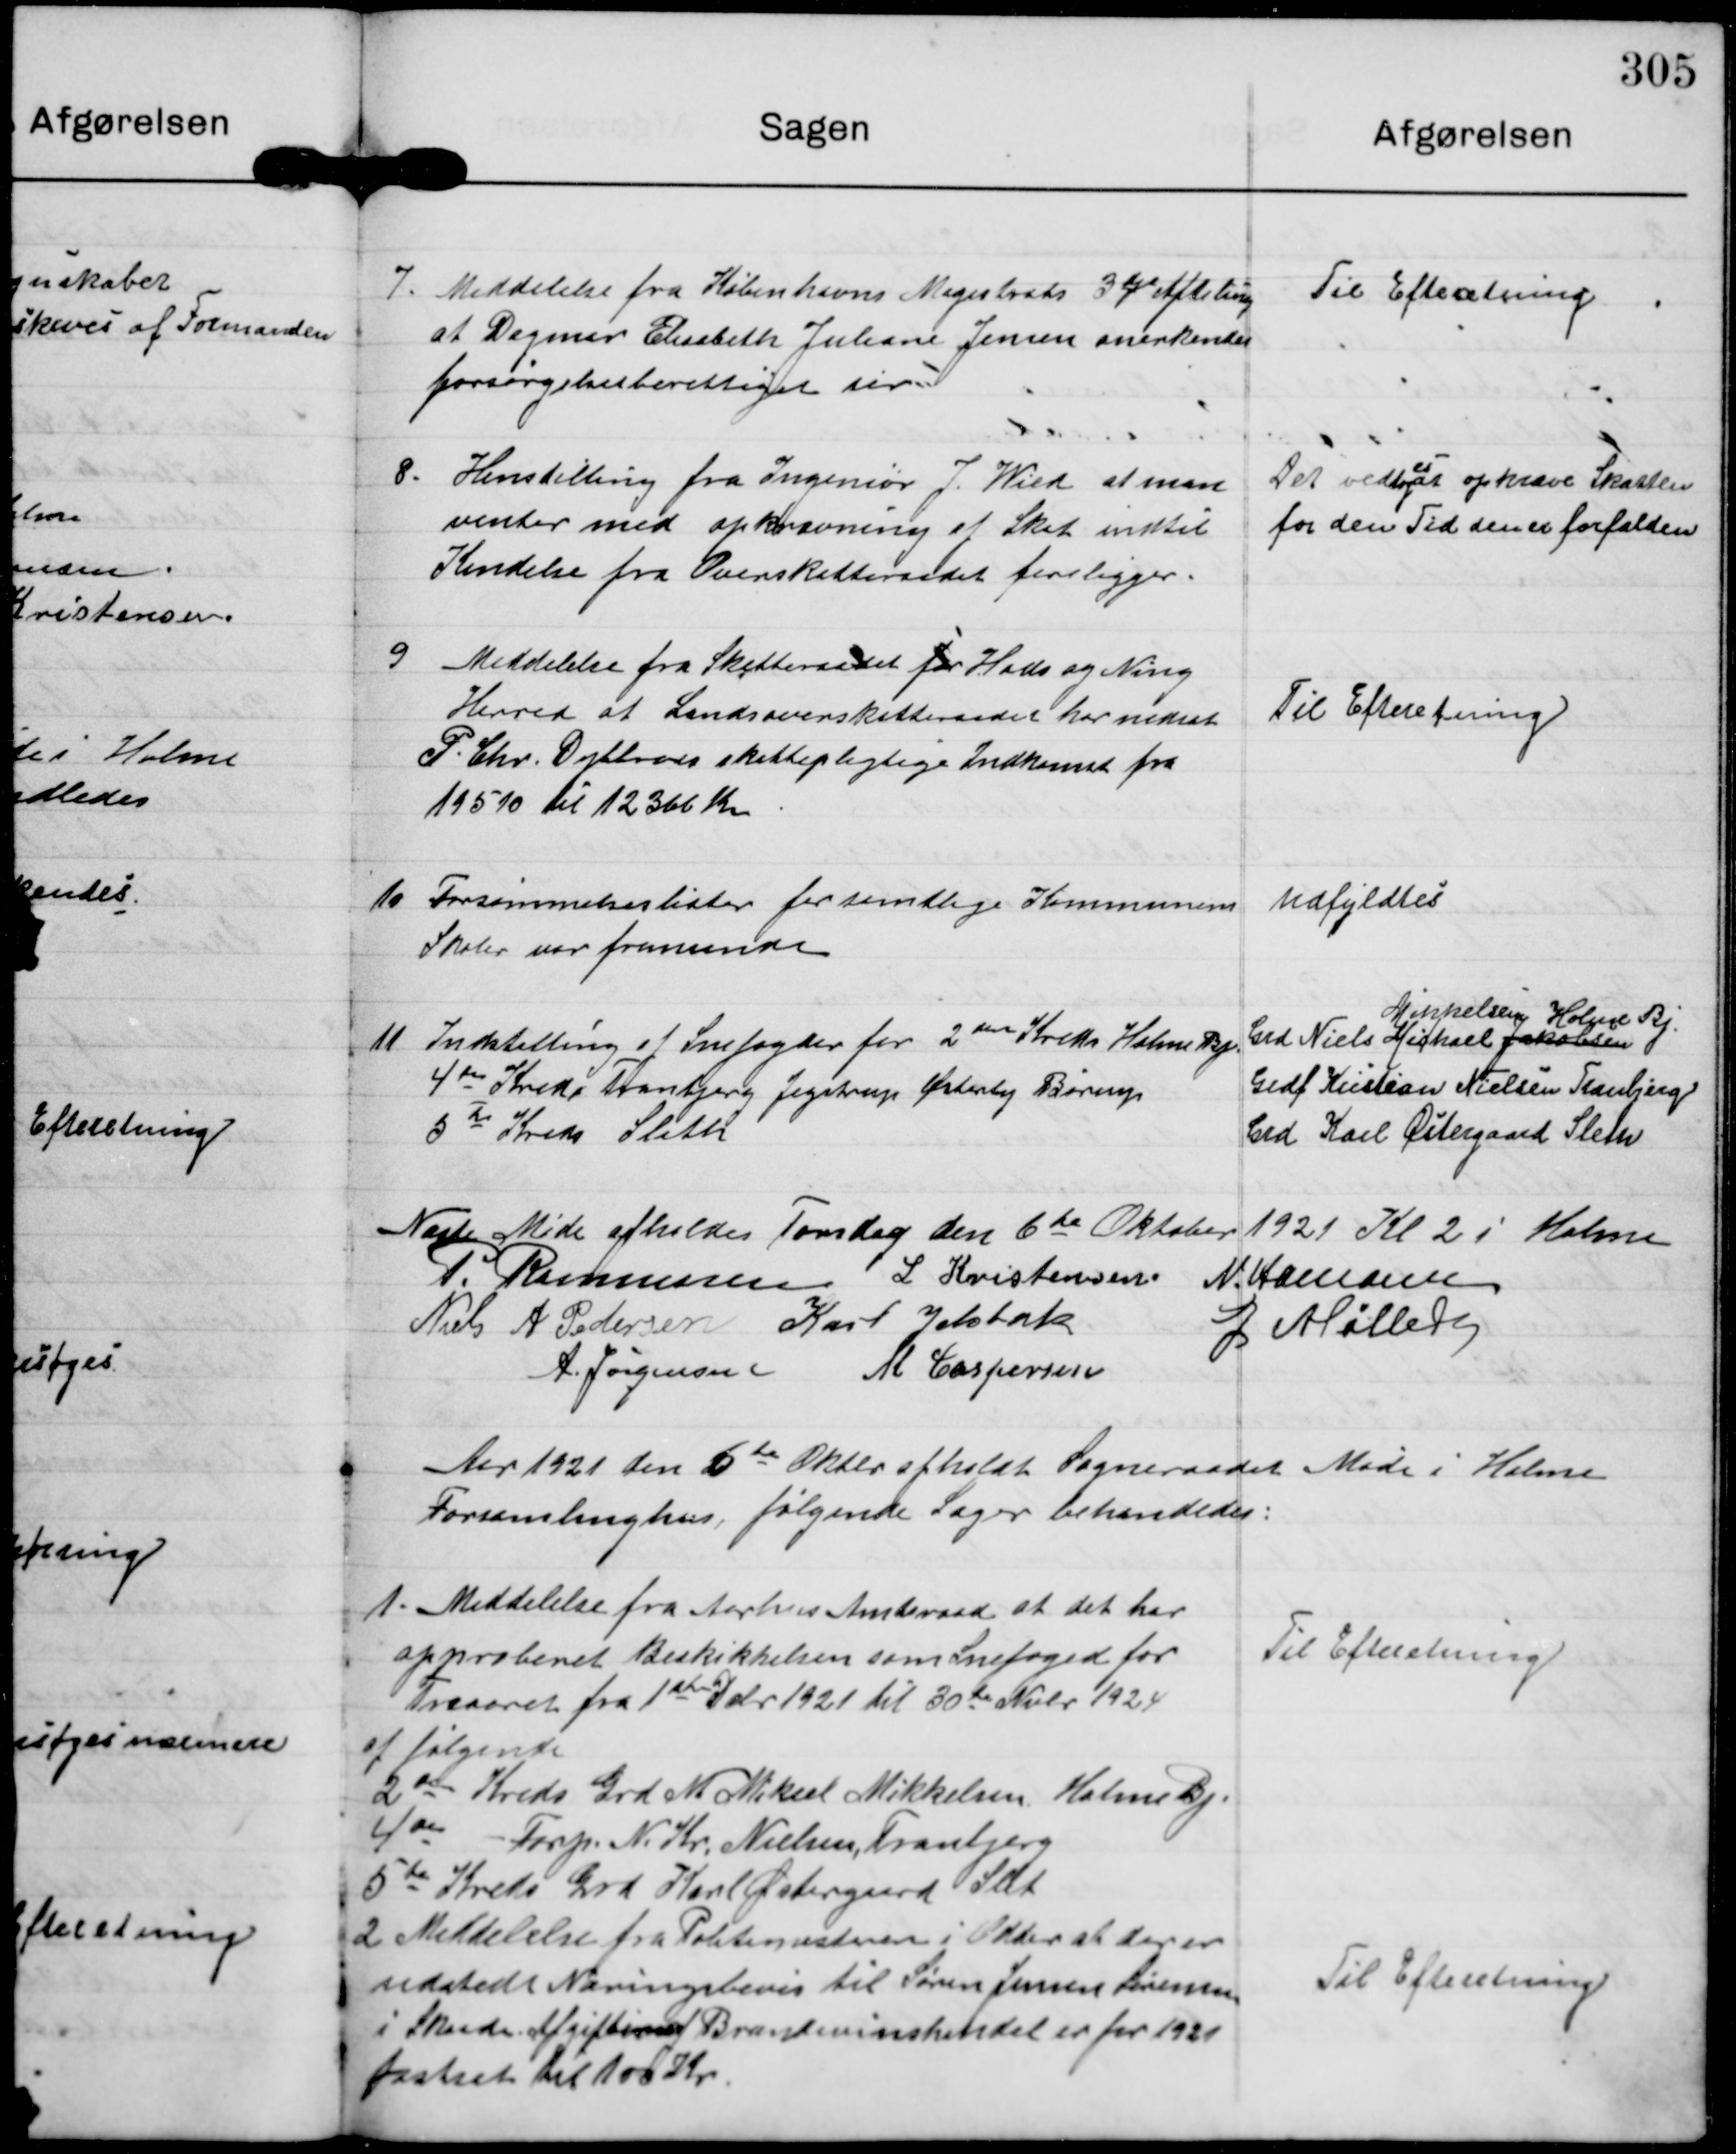
Transskription:
7.

Meddelelse fra Københavns Megistrats 3dje Afdeling
at Dagmar Elisabeth Juliane Jensen anerkendes
forsørgelsesberettiget der.

Til Efteretning.

8

Henstilling fra Ingeniør J Wied at man
venter med opkrævning af Skat indtil
Kendelse fra Overskatteraadet foreligger.

Det vedtoges  opkræve Skatten
for den Tid den er forfalden

9

Meddelelse fra Skatteraadet for Hads og Ning
Herred at Landsoverskatterådet har nedsat
P. Chr. Dybbroes skattepligtige Indkomst fra
19510 til 12366 Kr.

Til Efteretning.

10

Forsømmelseslister for samtlige Kommunens
Skoler var fremsendt

Udfyldtes.

11

Indstilling af Snefogder for 2den Kreds Holme Bj.
4de Kreds Tranbjerg Jegstrup Østerby Børup
5te Kreds Sleth

Grd Niels Michael Jakobsen.
Mikkelsen Holme Bj
Grdf Kristian Nielsen Tranbjerg
Grd Karl Østergaard Sleth

Næste Møde afholdes Torsdag den 6te Oktober 1921 Kl 2 i Holme

P. Rasmussen L Kristensen N.Hamann
Niels A Pedersen Karl Jelsbak G Møller
A. Jørgensen M Caspersen

Aar 1921 den 6te Oktbr afholdt Sogneraadet Møde i Holme
Forsamlinghus, følgende Sager behandledes.

1. Meddelelse fra Aarhus Amtsraad at det har
approberet Beskikkelsen som Snefoged for
Treaaret fra 1st Debr 1921 til 30de Nvbr 1924
af følgende
2den Kreds Grd M Mikael Mikkelsen Holme Bj.
4de - Forp. N Kr. Nielsen, Tranbjerg
5te Kreds Grd Karl Østergaard Slet

Til Efteretning

2 Meddelelse fra Politimesteren i Odder at der er
udstedt Næringsbevis til Søren Jensen Sørensen
i Skaade Afgiften af Brændevinshandel er for 1921
fastsat til 100 Kr.

Til Efteretning.